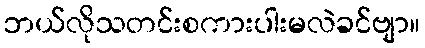
ဘယ်လိုသတင်းစကားပါးမလဲခင်ဗျာ။